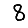
Digit: 8